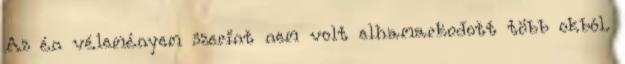
Az én véleményem szerint nem volt elhamarkodott több okból.